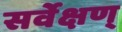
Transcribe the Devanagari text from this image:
सर्वेक्षण्